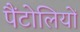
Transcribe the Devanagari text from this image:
पैंटोलियों